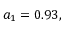
a _ { 1 } = 0 . 9 3 ,